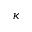
\kappa